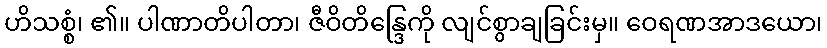
ဟိသစ္စံ၊ ၏။ ပါဏာတိပါတာ၊ ဇီဝိတိန္ဒြေကို လျင်စွာချခြင်းမှ။ ဝေရဏအာဒယော၊